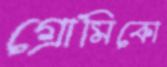
গ্রোমিকো